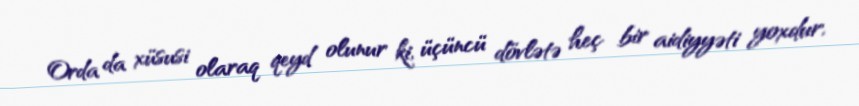
Orda da xüsusi olaraq qeyd olunur ki, üçüncü dövlətə heç bir aidiyyəti yoxdur,